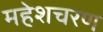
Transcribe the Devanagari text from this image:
महेशचरण